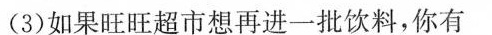
(3)如果旺旺超市想再进一批饮料，你有